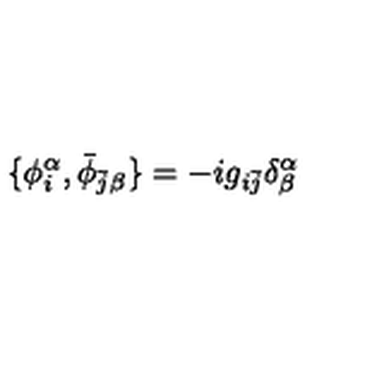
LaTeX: \{ \phi _ { i } ^ { \alpha } , \bar { \phi } _ { \bar { j } \beta } \} = - i g _ { i \bar { j } } \delta _ { \beta } ^ { \alpha }